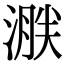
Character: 𣹸